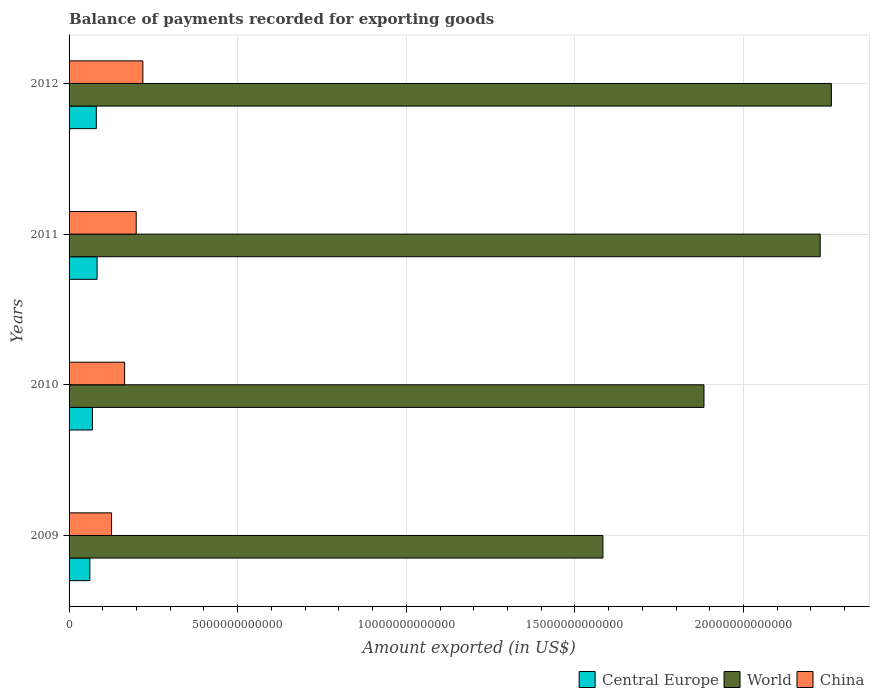
| Years | Central Europe | World | China |
 | --- | --- | --- | --- |
 | 2009 | 6.16e+11 | 1.58e+13 | 1.26e+12 |
 | 2010 | 6.92e+11 | 1.88e+13 | 1.65e+12 |
 | 2011 | 8.31e+11 | 2.23e+13 | 1.99e+12 |
 | 2012 | 8.08e+11 | 2.26e+13 | 2.19e+12 |